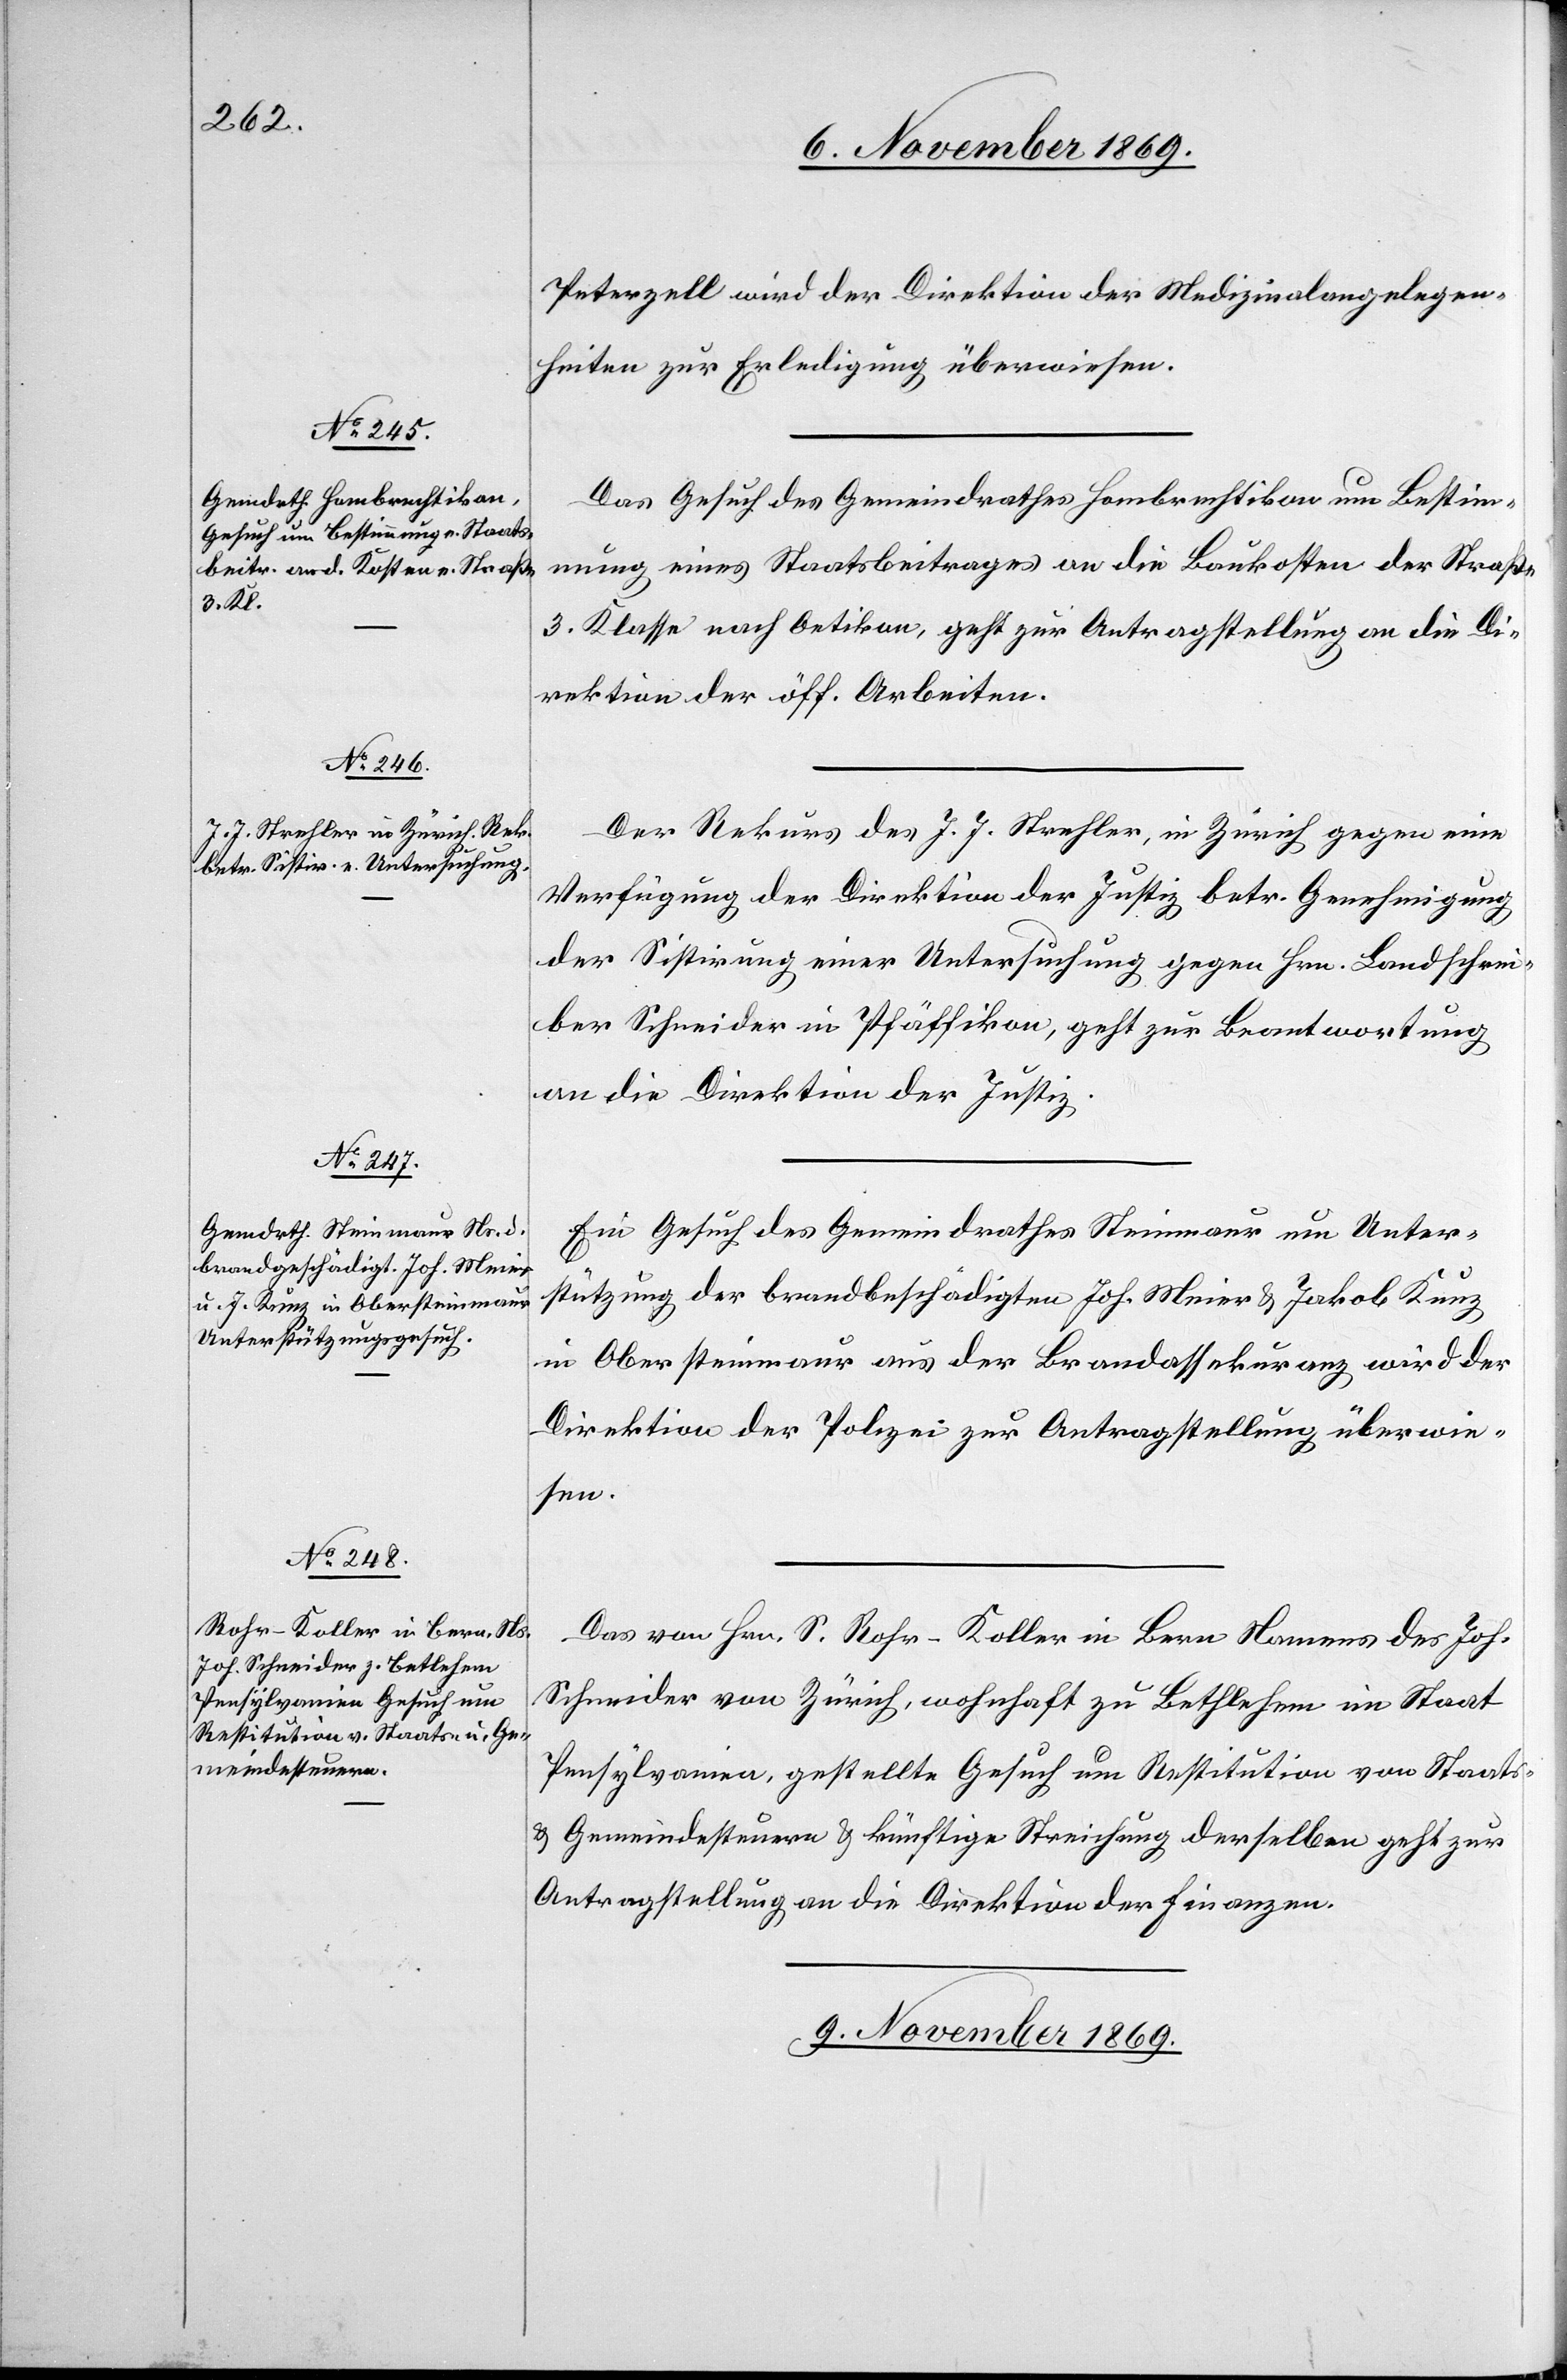
Peterzell wird der Direktion der Medizinalangelegen¬
heiten zur Erledigung überwiesen.
Das Gesuch des Gemeindrathes Hombrechtikon um Bestimm¬
ung eines Staatsbeitrages an die Baukosten der Straße
3. Klasse nach Oetikon, geht zur Antragstellung an die Di¬
rektion der öff. Arbeiten.
Der Rekurs des J. J. Strehler, in Zürich gegen eine
Verfügung der Direktion der Justiz betr. Genehmigung
der Sistirung einer Untersuchung gegen Hrn. Landschrei¬
ber Schneider in Pfäffikon, geht zur Beantwortung
an die Direktion der Justiz.
Ein Gesuch des Gemeindrathes Steinmaur um Unter¬
stützung der brandbeschädigten Joh. Meier & Jakob Kunz
in Obersteinmaur aus der Brandassekuranz wird der
Direktion der Polizei zur Antragstellung überwie¬
sen.
Das von Hrn. S. Rohr-Koller in Bern Namens des Joh.
Schneider von Zürich, wohnhaft zu Bethlehem im Staat
Pensylvanien, gestellte Gesuch um Restitution von Staats-
& Gemeindesteuern & künftige Streichung derselben geht zur
Antragstellung an die Direktion der Finanzen.
9. November 1869.